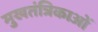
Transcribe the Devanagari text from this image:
मुखतंत्रिकाओं